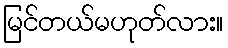
မြင်တယ်မဟုတ်လား။